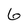
Character: 6